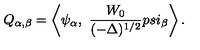
Q _ { \alpha , \beta } = \left< \psi _ { \alpha } , \ { \frac { W _ { 0 } } { ( - \Delta ) ^ { 1 / 2 } } } p s i _ { \beta } \right> .